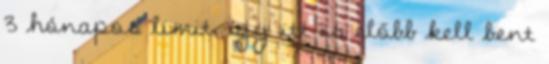
3 hónapos limit, így itt is előbb kell bent